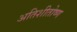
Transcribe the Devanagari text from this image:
अतिशीतोष्ण